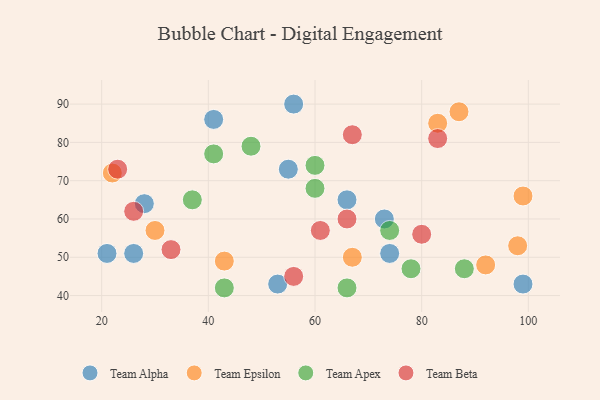
{"axis": {"x": "GDP", "y": "Life Expectancy"}, "legend": ["Team Alpha", "Team Apex", "Team Beta", "Team Epsilon"], "data": [{"x": "55", "y": 73, "type": "Team Alpha"}, {"x": "21", "y": 51, "type": "Team Alpha"}, {"x": "66", "y": 65, "type": "Team Alpha"}, {"x": "99", "y": 43, "type": "Team Alpha"}, {"x": "26", "y": 51, "type": "Team Alpha"}, {"x": "28", "y": 64, "type": "Team Alpha"}, {"x": "53", "y": 43, "type": "Team Alpha"}, {"x": "41", "y": 86, "type": "Team Alpha"}, {"x": "73", "y": 60, "type": "Team Alpha"}, {"x": "56", "y": 90, "type": "Team Alpha"}, {"x": "74", "y": 51, "type": "Team Alpha"}, {"x": "87", "y": 88, "type": "Team Epsilon"}, {"x": "43", "y": 49, "type": "Team Epsilon"}, {"x": "98", "y": 53, "type": "Team Epsilon"}, {"x": "92", "y": 48, "type": "Team Epsilon"}, {"x": "99", "y": 66, "type": "Team Epsilon"}, {"x": "83", "y": 85, "type": "Team Epsilon"}, {"x": "22", "y": 72, "type": "Team Epsilon"}, {"x": "30", "y": 57, "type": "Team Epsilon"}, {"x": "67", "y": 50, "type": "Team Epsilon"}, {"x": "78", "y": 47, "type": "Team Apex"}, {"x": "41", "y": 77, "type": "Team Apex"}, {"x": "37", "y": 65, "type": "Team Apex"}, {"x": "60", "y": 68, "type": "Team Apex"}, {"x": "66", "y": 42, "type": "Team Apex"}, {"x": "43", "y": 42, "type": "Team Apex"}, {"x": "60", "y": 74, "type": "Team Apex"}, {"x": "74", "y": 57, "type": "Team Apex"}, {"x": "88", "y": 47, "type": "Team Apex"}, {"x": "48", "y": 79, "type": "Team Apex"}, {"x": "66", "y": 60, "type": "Team Beta"}, {"x": "83", "y": 81, "type": "Team Beta"}, {"x": "67", "y": 82, "type": "Team Beta"}, {"x": "56", "y": 45, "type": "Team Beta"}, {"x": "33", "y": 52, "type": "Team Beta"}, {"x": "61", "y": 57, "type": "Team Beta"}, {"x": "23", "y": 73, "type": "Team Beta"}, {"x": "26", "y": 62, "type": "Team Beta"}, {"x": "80", "y": 56, "type": "Team Beta"}]}